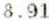
8.91